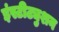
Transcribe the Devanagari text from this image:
इंस्टीट्युशन